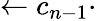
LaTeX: \leftarrow c_{n-1}\cdot